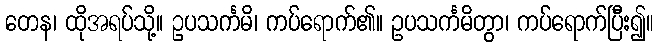
တေန၊ ထိုအရပ်သို့။ ဥပသင်္ကမိ၊ ကပ်ရောက်၏။ ဥပသင်္ကမိတွာ၊ ကပ်ရောက်ပြီး၍။